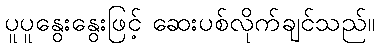
ပူပူနွေးနွေးဖြင့် ဆေးပစ်လိုက်ချင်သည်။